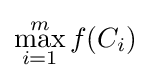
\max _{i=1}^{m}f(C_{i})